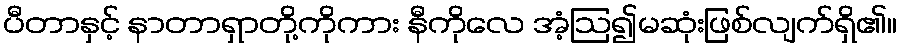
ပီတာနှင့် နာတာရှာတို့ကိုကား နီကိုလေ အံ့ဩ၍မဆုံးဖြစ်လျက်ရှိ၏။